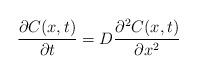
LaTeX: \begin{align*}\frac{\partial C(x,t)}{\partial t}=D\frac{\partial ^{2}C(x,t)}{\partial x^{2}} \end{align*}